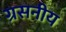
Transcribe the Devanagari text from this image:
ग्रसनीय